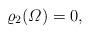
LaTeX: \begin{align*} \varrho_2(\varOmega)=0, \end{align*}